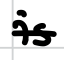
Text: is
Cross-out: single-line
Writing tool: digital_black